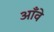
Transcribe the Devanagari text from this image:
आँवे